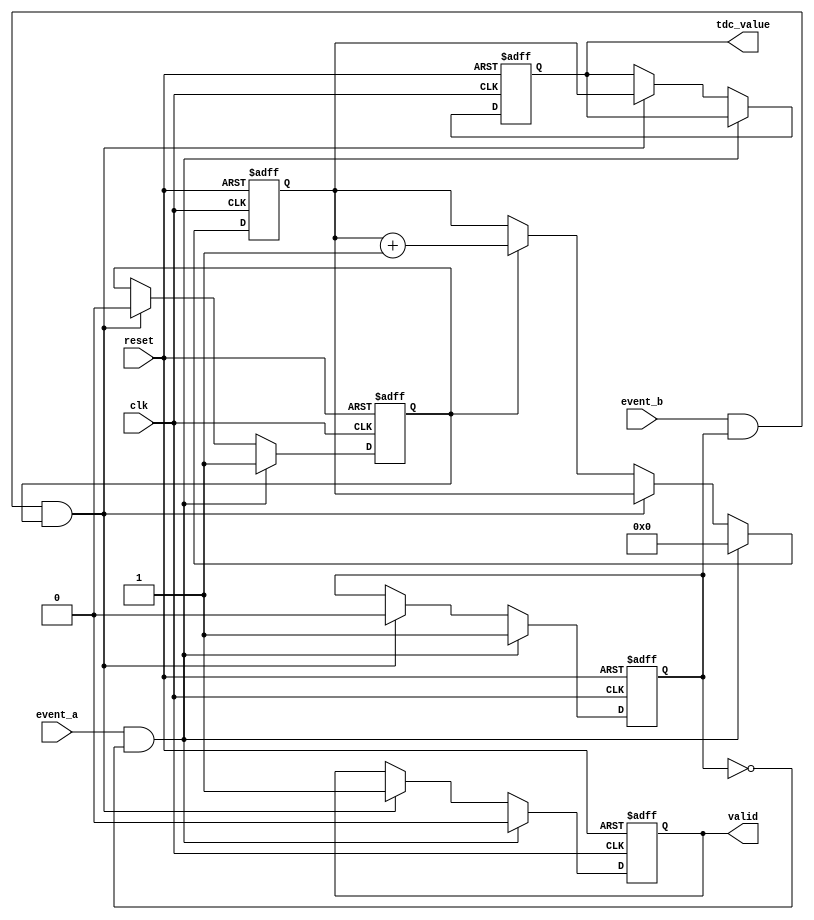
module TDC (
    input wire clk,              // High-frequency clock
    input wire reset,            // Asynchronous reset signal
    input wire event_a,          // Input signal for Event A
    input wire event_b,          // Input signal for Event B
    output reg [15:0] tdc_value, // Output digital time value (adjust bit-width as needed)
    output reg valid             // Output valid signal for measurement
);

    reg [15:0] counter;          // Counter for clock cycles
    reg capturing;               // State to indicate capturing mode
    reg event_a_detected;        // Flag to indicate Event A has been detected

    always @(posedge clk or posedge reset) begin
        if (reset) begin
            counter <= 16'b0;         // Reset counter
            tdc_value <= 16'b0;       // Clear output value
            valid <= 1'b0;            // Clear valid output
            capturing <= 1'b0;        // Clear capturing state
            event_a_detected <= 1'b0; // Clear Event A flag
        end else begin
            if (event_a && !event_a_detected) begin
                // Event A detected
                event_a_detected <= 1'b1; // Set Event A detected flag
                counter <= 16'b0;          // Reset counter
                capturing <= 1'b1;         // Start capturing time
                valid <= 1'b0;             // Clear valid output
            end else if (event_b && event_a_detected && capturing) begin
                // Event B detected while capturing
                capturing <= 1'b0;         // Stop capturing time
                tdc_value <= counter;      // Store count value
                valid <= 1'b1;             // Set valid output
                event_a_detected <= 1'b0;  // Clear Event A flag for next measurement
            end else if (capturing) begin
                // Increment counter while capturing
                counter <= counter + 1'b1; // Count clock cycles
            end
        end
    end

endmodule